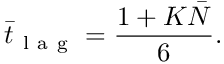
{ } { { \bar { t } } _ { \mathrm { ~ l ~ a ~ g ~ } } } = \frac { 1 + K \bar { N } } { 6 } .